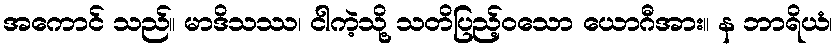
အကောင် သည်။ မာဒိသဿ၊ ငါကဲ့သို့ သတိပြည့်ဝသော ယောဂီအား။ န ဘာရိယံ၊